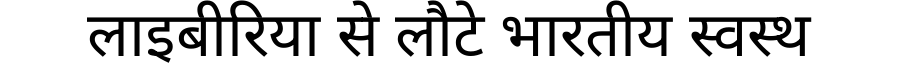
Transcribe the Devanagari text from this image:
लाइबीरिया से लौटे भारतीय स्वस्थ